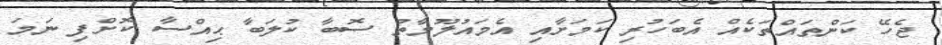
ޖެހޭ ކަންތައްތަކެއް އެބަހުރި ކަމަށާއި އެމައުލޫމާތު ސޮބާ ކުލަބާ ޙިއްސާ ކޮށްފި ނަމަ